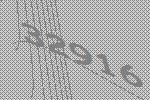
32916